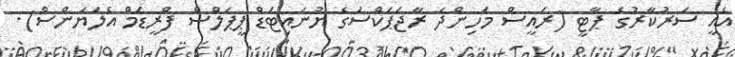
އެއީ ސަރުކާރުގެ ޕާޓީ (ރައީސް މަހިންދަ ރާޖަޕަކްސަގެ ޔުނައިޓަޑް ޕީޕަލްސް ފްރީޑަމް އެލަޔަންސް).